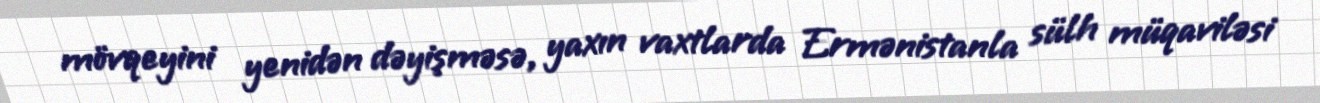
mövqeyini yenidən dəyişməsə, yaxın vaxtlarda Ermənistanla sülh müqaviləsi